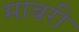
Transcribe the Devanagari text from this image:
माबरी